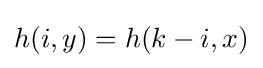
h(i,y)=h(k-i,x)